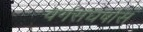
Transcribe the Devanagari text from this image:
वर्गसंघर्षास